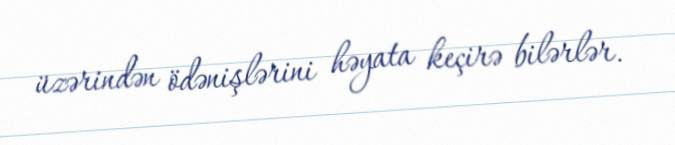
üzərindən ödənişlərini həyata keçirə bilərlər.